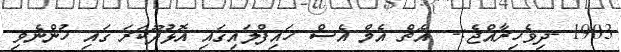
1903 -ދިވެހިރާއްޖެ:-  އެޗް އެމް އެސް ހައިފްލައިގައި އޮޅުދޫކަރަ ގައި ހުންނެވި